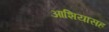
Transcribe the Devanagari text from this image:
आशियासह